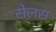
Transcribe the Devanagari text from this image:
सेलस